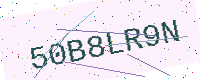
Text: 50B8LR9N